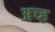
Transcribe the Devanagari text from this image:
अच्ह